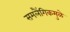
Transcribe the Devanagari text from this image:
समलैंगिकमुळे